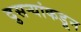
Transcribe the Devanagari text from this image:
दुसर्‍यांकडून